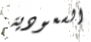
السعودية